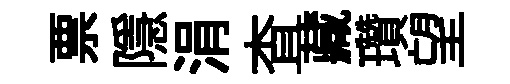
票隱涓查藏瓚望